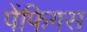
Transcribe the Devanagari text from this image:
पेंफिगस